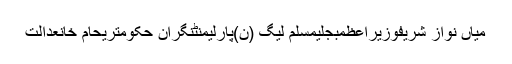
میاں نواز شریفوزیراعظمبجلیمسلم لیگ (ن)پارلیمنٹنگران حکومتریحام خانعدالت